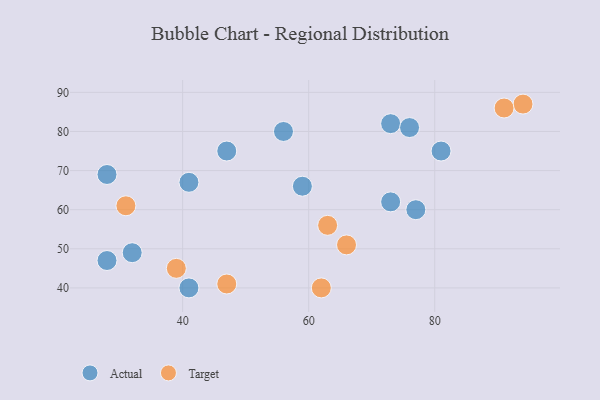
{"axis": {"x": "GDP", "y": "Life Expectancy"}, "legend": ["Actual", "Target"], "data": [{"x": "28", "y": 69, "type": "Actual"}, {"x": "73", "y": 82, "type": "Actual"}, {"x": "47", "y": 75, "type": "Actual"}, {"x": "41", "y": 67, "type": "Actual"}, {"x": "56", "y": 80, "type": "Actual"}, {"x": "41", "y": 40, "type": "Actual"}, {"x": "28", "y": 47, "type": "Actual"}, {"x": "32", "y": 49, "type": "Actual"}, {"x": "76", "y": 81, "type": "Actual"}, {"x": "73", "y": 62, "type": "Actual"}, {"x": "59", "y": 66, "type": "Actual"}, {"x": "81", "y": 75, "type": "Actual"}, {"x": "77", "y": 60, "type": "Actual"}, {"x": "31", "y": 61, "type": "Target"}, {"x": "47", "y": 41, "type": "Target"}, {"x": "94", "y": 87, "type": "Target"}, {"x": "63", "y": 56, "type": "Target"}, {"x": "66", "y": 51, "type": "Target"}, {"x": "91", "y": 86, "type": "Target"}, {"x": "39", "y": 45, "type": "Target"}, {"x": "62", "y": 40, "type": "Target"}]}